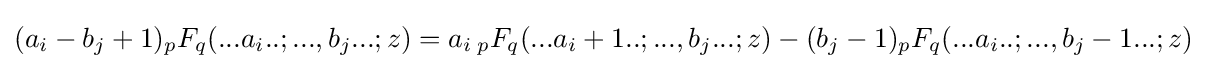
(a_{i}-b_{j}+1){}_{p}F_{q}(...a_{i}..;...,b_{j}...;z)=a_{i}\,{}_{p}F_{q}(...a_{i}+1..;...,b_{j}...;z)-(b_{j}-1){}_{p}F_{q}(...a_{i}..;...,b_{j}-1...;z)